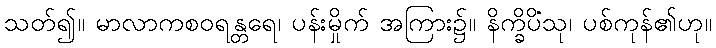
သတ်၍။ မာလာကစဝရန္တရေ၊ ပန်းမှိုက် အကြား၌။ နိက္ခိပိံသု၊ ပစ်ကုန်၏ဟု။